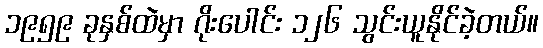
၁၉၅၉ ခုနှစ်ထဲမှာ ဂိုးပေါင်း ၁၂၆ သွင်းယူနိုင်ခဲ့တယ်။